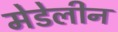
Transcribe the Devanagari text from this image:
मेडेलीन